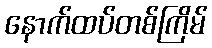
နောက်ထပ်တစ်ကြိမ်